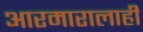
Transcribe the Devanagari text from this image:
आरमारालाही